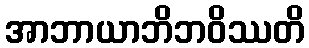
အာဘာယာဘိဘဝိဿတိ